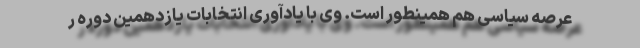
عرصه سیاسی هم همینطور است. وی با یادآوری انتخابات یازدهمین دوره ر